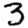
Digit: 3